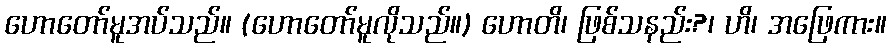
ဟောတော်မူအပ်သည်။ (ဟောတော်မူလိုသည်။) ဟောတိ၊ ဖြစ်သနည်း?၊ ဟိ၊ အဖြေကား။